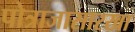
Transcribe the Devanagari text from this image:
पोत्राजासारखा